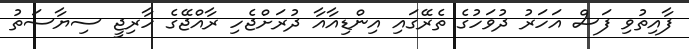
ފާއިތުވި ފަސް އަހަރު ދުވަހުގެ ތެރޭގައި އިންޑިއާއާ ދުރަށްޖެހި ރާއްޖޭގެ ހާރިޖީ ސިޔާސަތު